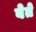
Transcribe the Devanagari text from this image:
बेते